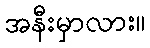
အနီးမှာလား။